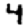
Digit: 4